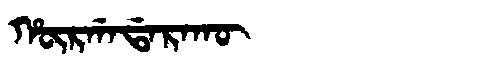
Manchu: ᡥᡡᡵᡤᠠᡩᠠᡵᠠᡴᡡ
Romanization: HŪRGADARAKŪ